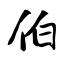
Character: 伯